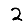
Digit: 2